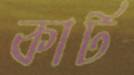
কার্ট